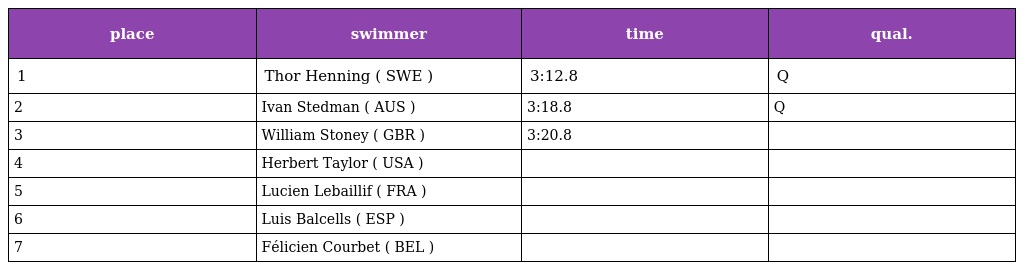
| place | swimmer | time | qual. |
 | --- | --- | --- | --- |
 | 1 | Thor Henning ( SWE ) | 3:12.8 | Q |
 | 2 | Ivan Stedman ( AUS ) | 3:18.8 | Q |
 | 3 | William Stoney ( GBR ) | 3:20.8 |  |
 | 4 | Herbert Taylor ( USA ) |  |  |
 | 5 | Lucien Lebaillif ( FRA ) |  |  |
 | 6 | Luis Balcells ( ESP ) |  |  |
 | 7 | Félicien Courbet ( BEL ) |  |  |